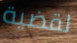
لقضية